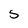
Character: 5